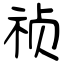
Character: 祯